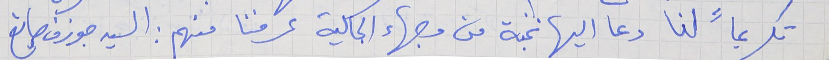
تكريماً لنا دعا اليها نخبة من وجهاء الجالية عرفنا منهم : السيد جوزف صايغ